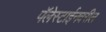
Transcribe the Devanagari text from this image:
पॅलेस्टाईनवरील